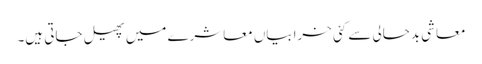
معاشی بدحالی سے کئی خرابیاں معاشرے میں پھیل جاتی ہیں۔